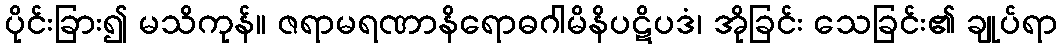
ပိုင်းခြား၍ မသိကုန်။ ဇရာမရဏာနိရောဓဂါမိနိပဋိပဒံ၊ အိုခြင်း သေခြင်း၏ ချုပ်ရာ